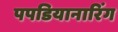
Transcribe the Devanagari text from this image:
पपडियानारिंग